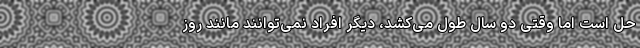
حل است اما وقتی دو سال طول می‌کشد، دیگر افراد نمی‌توانند مانند روز